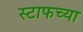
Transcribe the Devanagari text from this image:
स्टाफच्या